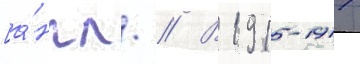
[а́нгл. // В 1915-1917